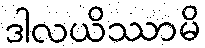
ဒါလယိဿာမိ